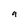
Character: g